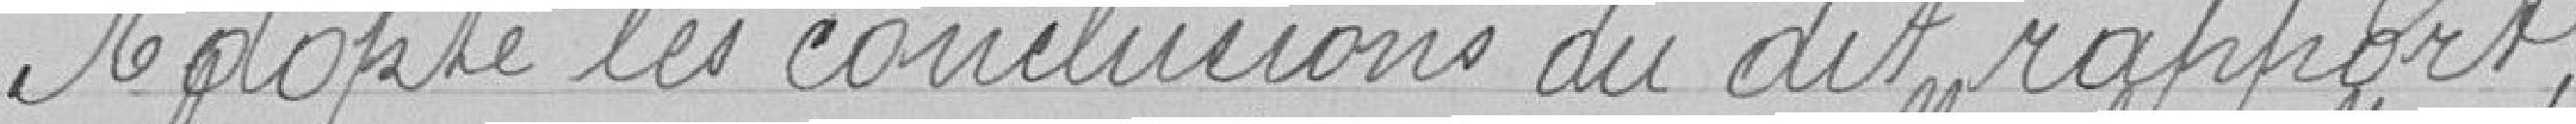
adopte les conclusions du dit rapport.